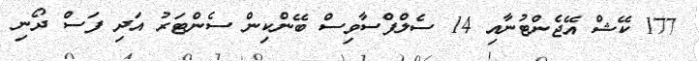
177 ކޭޝް އޭޖެންޓުނާއި 14 ސެލްފްސާވިސް ބޭންކިން ސެންޓަރު އަދި ފަސް ދޯނި